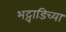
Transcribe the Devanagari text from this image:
भट्वाडिच्या